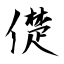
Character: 儊